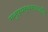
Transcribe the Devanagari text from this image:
मनुष्यस्वभावातील